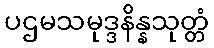
ပဌမသမုဒ္ဒနိန္နသုတ္တံ